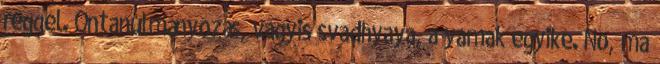
reggel. Öntanulmányozás, vagyis svadhyaya, a yamak egyike. No, ma